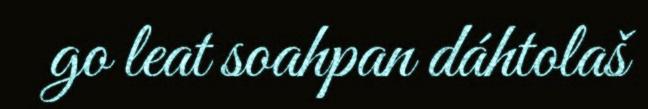
go leat soahpan dáhtolaš